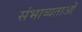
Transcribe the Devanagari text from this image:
संभाव्यताओं